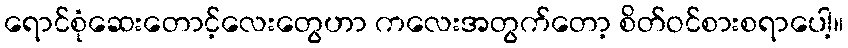
ရောင်စုံဆေးတောင့်လေးတွေဟာ ကလေးအတွက်တော့ စိတ်ဝင်စားစရာပေါ့။